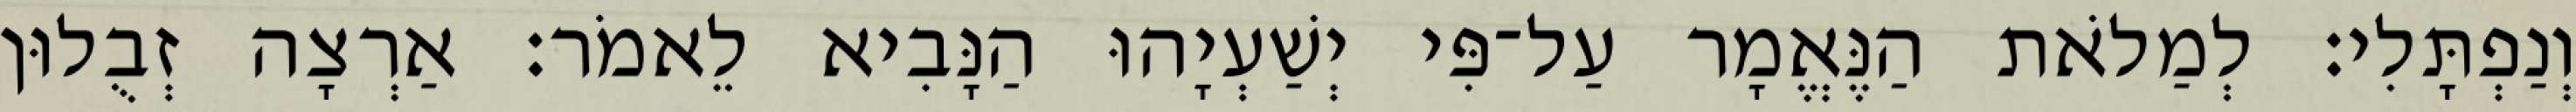
וְנַפְתָּלִי׃ לְמַלֹאת הַנֶּאֱמָר עַל־פִּי יְשַׁעְיָהוּ הַנָּבִיא לֵאמֹר׃ אַרְצָה זְבֻלוּן